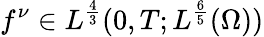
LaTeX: f^{\nu}\in L^{\frac 43}(0,T;L^{\frac 65}(\Omega))